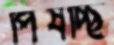
পিষচ্ছি